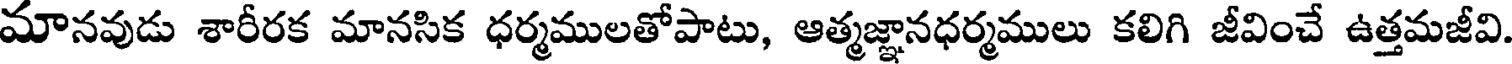
మానవుడు శారీరక మానసిక ధర్మములతోపాటు, ఆత్మజ్ఞానధర్మములు కలిగి జీవించే ఉత్తమజీవి.